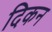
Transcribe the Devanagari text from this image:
दिकन